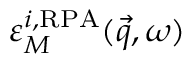
\varepsilon _ { M } ^ { i , \mathrm { R P A } } ( \vec { q } , \omega )